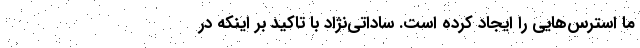
ما استرس‌هایی را ایجاد کرده است. ساداتی‌نژاد با تاکید بر اینکه در